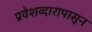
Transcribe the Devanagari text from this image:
प्रवेशव्दारापासून